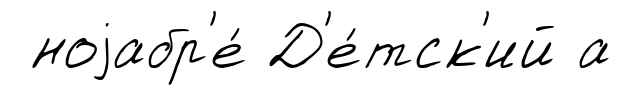
ноjабр'е́ Д'е́тск'ий а